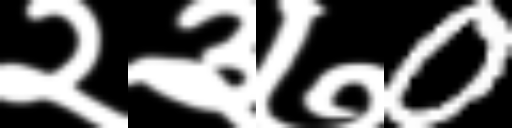
Text: २३७0